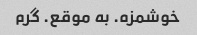
خوشمزه. به موقع. گرم